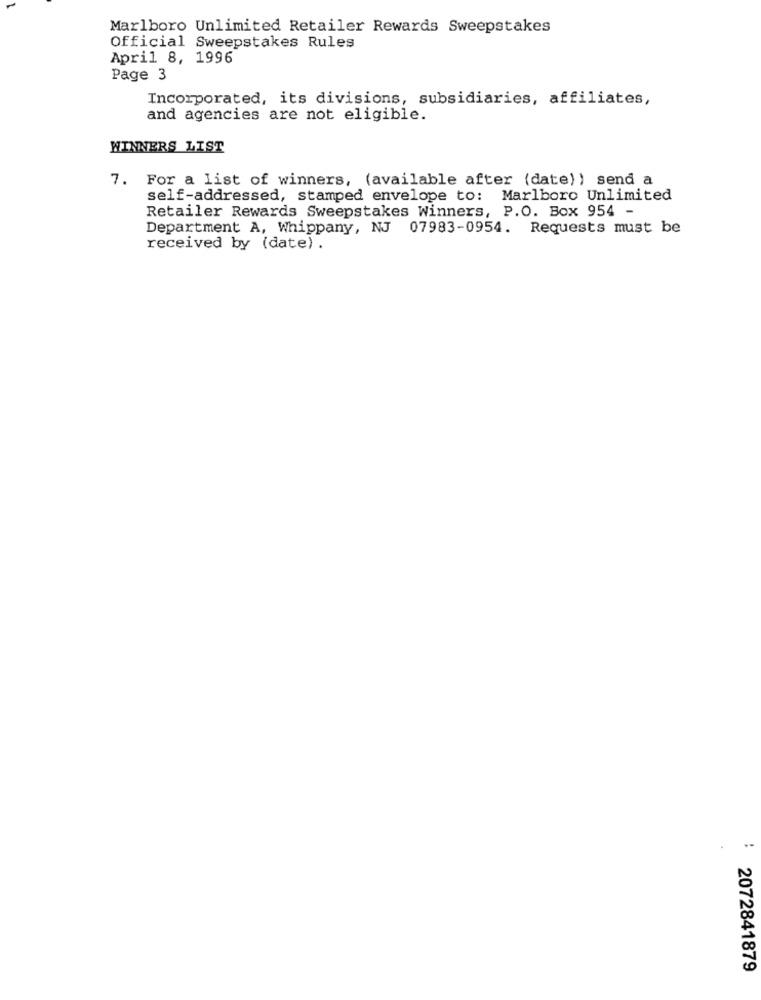
Marlboro Unlimited Retailer Rewards Sweepstakes
Official Sweepstakes Rules
April 8, 1996
Page 3
Incorporated, its divisions, subsidiaries, affiliates,
and agencies are not eligible.
WINNERS LIST
7. For a list of winners, (available after (date)) send a
self-addressed, stamped envelope to: Marlboro Unlimited
Retailer Rewards Sweepstakes Winners, P.O. Box 954 -
Department A, Whippany, NJ 07983-0954. Requests must be
received by (date) .
2072841879